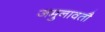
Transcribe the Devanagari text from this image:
जमुनावतौ